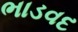
ભાડવદ